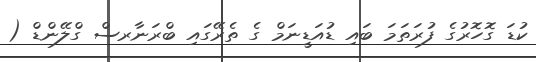
ކުޑަ ގޮހޮރުގެ ފުރަތަމަ ބައި ޑުއަޑީނަމް ގެ ތެރޭގައި ބްރަނާރސް ގްލޭންޑް (